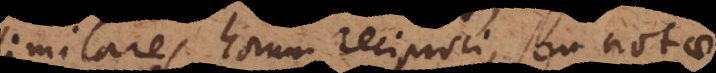
res horum reciproci seu notae